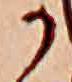
か